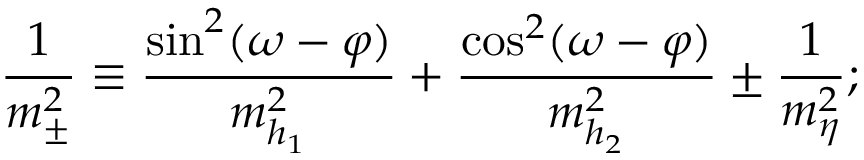
\frac { 1 } { m _ { \pm } ^ { 2 } } \equiv \frac { \sin ^ { 2 } ( \omega - \varphi ) } { m _ { h _ { 1 } } ^ { 2 } } + \frac { \cos ^ { 2 } ( \omega - \varphi ) } { m _ { h _ { 2 } } ^ { 2 } } \pm \frac { 1 } { m _ { \eta } ^ { 2 } } ; \nonumber